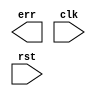
/* $Author: sinclair $ */
/* $LastChangedDate: 2020-02-09 17:03:45 -0600 (Sun, 09 Feb 2020) $ */
/* $Rev: 46 $ */
`default_nettype none
module proc (/*AUTOARG*/
   // Outputs
   err, 
   // Inputs
   clk, rst
   );

   input wire clk;
   input wire rst;

   output reg err;

   // None of the above lines can be modified

   // OR all the err ouputs for every sub-module and assign it as this
   // err output
   
   // As desribed in the homeworks, use the err signal to trap corner
   // cases that you think are illegal in your statemachines
   
   
   /* your code here -- should include instantiations of fetch, decode, execute, mem and wb modules */
   
endmodule // proc
`default_nettype wire
// DUMMY LINE FOR REV CONTROL :0: